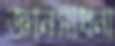
জ্ঞানসাধনা